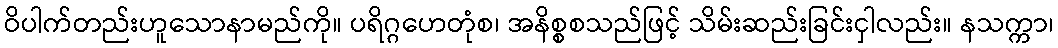
ဝိပါက်တည်းဟူသောနာမည်ကို။ ပရိဂ္ဂဟေတုံစ၊ အနိစ္စစသည်ဖြင့် သိမ်းဆည်းခြင်းငှါလည်း။ နသက္ကာ၊